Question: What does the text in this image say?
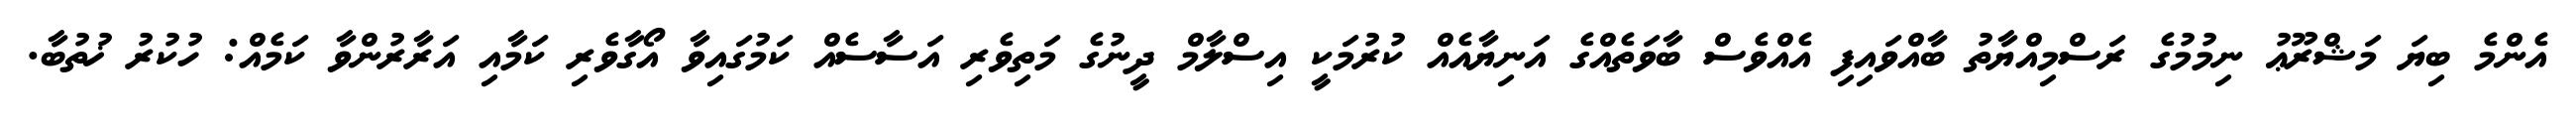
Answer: އެންމެ ބިޔަ މަޝްރޫޢު ނިމުމުގެ ރަސްމިއްޔާތު ބާއްވައިފި އެއްވެސް ބާވަތެއްގެ އަނިޔާއެއް ކުރުމަކީ އިސްލާމް ދީނުގެ މަތިވެރި އަސާސެއް ކަމުގައިވާ އޯގާވެރި ކަމާއި އަރާރުންވާ ކަމެއް: ހުކުރު ޚުތުބާ.